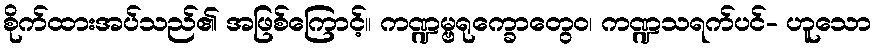
စိုက်ထားအပ်သည်၏ အဖြစ်ကြောင့်။ ကဏ္ဍမ္ဗရုက္ခောတွေဝ၊ ကဏ္ဍသရက်ပင်- ဟူသော